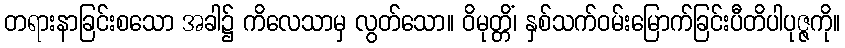
တရားနာခြင်းစသော အခါ၌ ကိလေသာမှ လွတ်သော။ ဝိမုတ္တိံ၊ နှစ်သက်ဝမ်းမြောက်ခြင်းပီတိပါပုဇ္ဇကို။